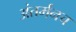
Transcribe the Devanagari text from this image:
अंतर्मनच